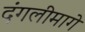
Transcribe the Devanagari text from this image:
दंगलीमागे